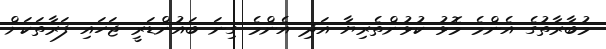
މުބާރާތުގެ އެންމެ މޮޅު ކުޅުންތެރިޔާ އަދި އެންމެ ގިނަ ބައުންޑަރީ ޖަހައި ފަރާތަކަށް